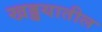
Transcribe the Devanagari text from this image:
खड्डयातील